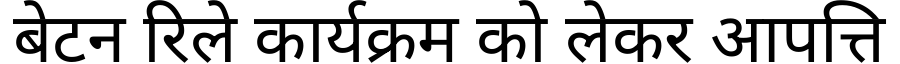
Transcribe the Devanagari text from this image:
बेटन रिले कार्यक्रम को लेकर आपत्ति